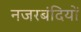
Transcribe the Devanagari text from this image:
नजरबंदियों